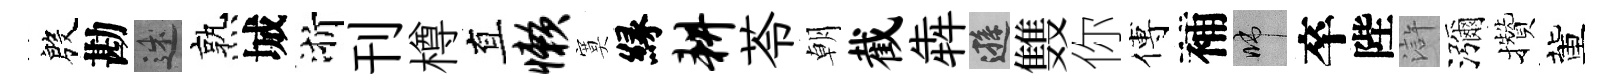
殷勘述熟城浙刊樽直懒寞縁耕苓朝截犇遜䨇你傅補啼卒陛滸瀰攢董